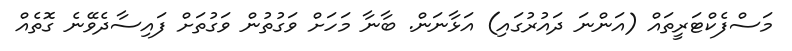
މަސްފެކްޓަރީތައް (އަންނަ ދައުރުގައި) އަޅާނަން. ބާނާ މަހަށް ވަގުތުން ވަގުތަށް ފައިސާދެވޭނެ ގޮތެއް